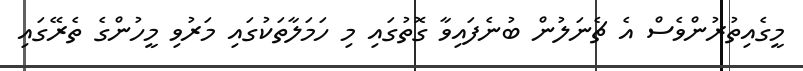
މީގެއިތުރުންވެސް އެ ޗެނަލުން ބުނެފައިވާ ގޮތުގައި މި ހަމަލާތަކުގައި މަރުވި މީހުންގެ ތެރޭގައި